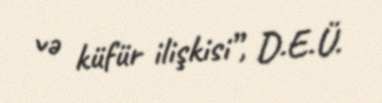
və küfür ilişkisi”, D.E.Ü.